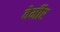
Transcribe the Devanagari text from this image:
वेर्मीर